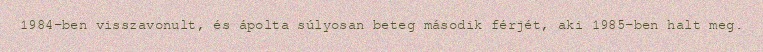
1984-ben visszavonult, és ápolta súlyosan beteg második férjét, aki 1985-ben halt meg.